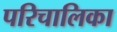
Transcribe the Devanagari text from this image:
परिचालिका